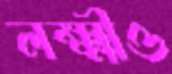
লক্ষ্মীও